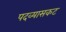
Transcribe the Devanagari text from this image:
पदव्यासकट